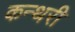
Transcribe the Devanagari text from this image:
कन्थरी